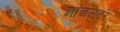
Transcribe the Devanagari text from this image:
मांचसटर